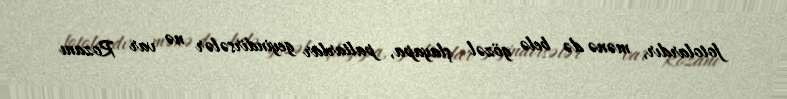
fotolardır, mənə də belə gözəl şlayapa, paltarlar geyindirsələr nə var Rozanı